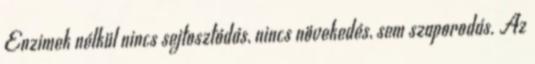
Enzimek nélkül nincs sejtosztódás, nincs növekedés, sem szaporodás. Az